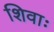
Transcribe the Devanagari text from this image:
शिवाः